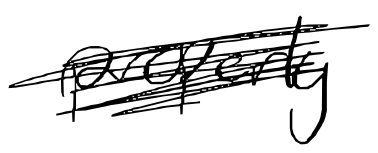
Text: properly
Cross-out: scratch
Writing tool: digital_black